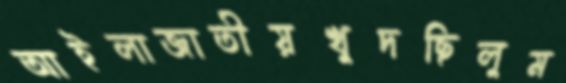
আইলাজাতীয়খুদছিলুম